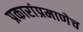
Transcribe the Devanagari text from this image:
प्रकारांप्रमाणेच